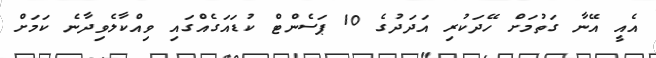
އެއީ އޭނާ ގަތުމަށް ހޭދަކުރި އަދަދުގެ 10 ޕަސެންޓް ކުޑައަގެއްގައި ވިއްކާލެވިދާނެ ކަމަށް